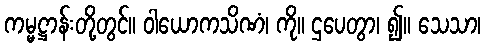
ကမ္မဋ္ဌာန်းတို့တွင်။ ဝါယောကသိဏံ၊ ကို။ ဌပေတွာ၊ ၍။ သေသာ၊